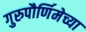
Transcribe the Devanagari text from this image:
गुरुपौर्णिमेच्या